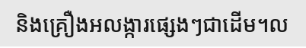
និងគ្រឿងអលង្ការផ្សេងៗជាដើម។ល